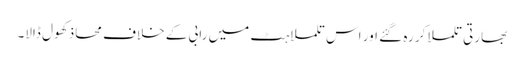
بھارتی تلملا کر رہ گئے اور اس تلملاہٹ میں رابی کے خلاف محاذ کھول ڈالا۔